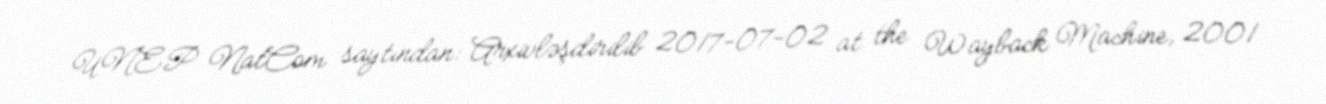
UNEP NatCom saytından: Arxivləşdirilib 2017-07-02 at the Wayback Machine, 2001